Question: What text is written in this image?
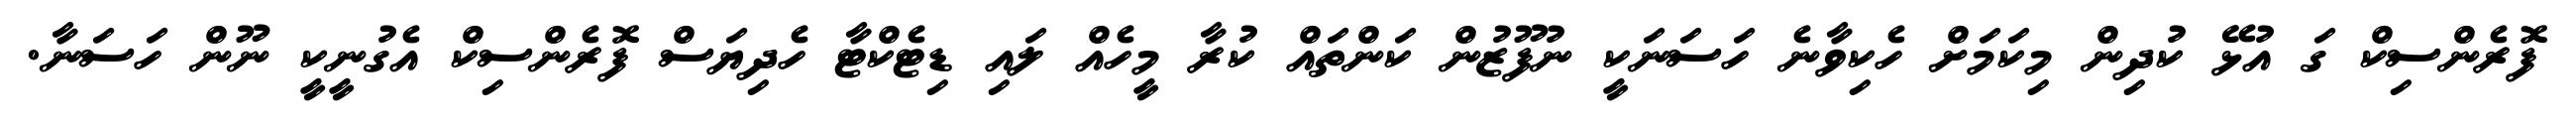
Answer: ފޮރެންސިކް ގަ އުޅޭ ކުދިން މިކަމަށް ހެކިވާނެ ހަސަނަކީ ނުފޫޒުން ކަންތައް ކުރާ މީހެއް ލައި ޑިޓެކްޓާ ހެދިޔަސް ފޮރެންސިކް އެގުނީކީ ނޫން ހަސަނާ.